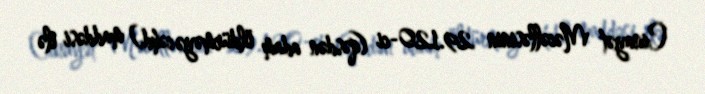
Cinayət Məcəlləsinin 29.120-ci (qəsdən adam öldürməyə cəhd) maddəsi ilə